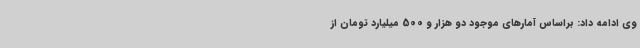
وی ادامه داد: براساس آمارهای موجود دو هزار و 500 میلیارد تومان از